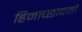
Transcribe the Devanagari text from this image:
हिमाच्छादनों